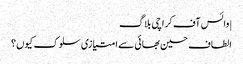
|وائس آف کراچی بلاگ
الطاف حسین بھائی سے امتیازی سلوک کیوں؟